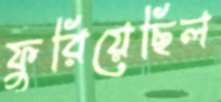
ফুরিয়েছিল